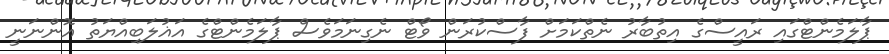
ޕާލަމެންޓްގައި ރައީސްގެ އިތުބާރު ނެތްކަމަށް ފާސްކުރަން ވޯޓް ނެގިނަމަވެސް ޕާލަމެންޓްގެ އަޣުލަބިއްޔަތު އޮންނަނީ